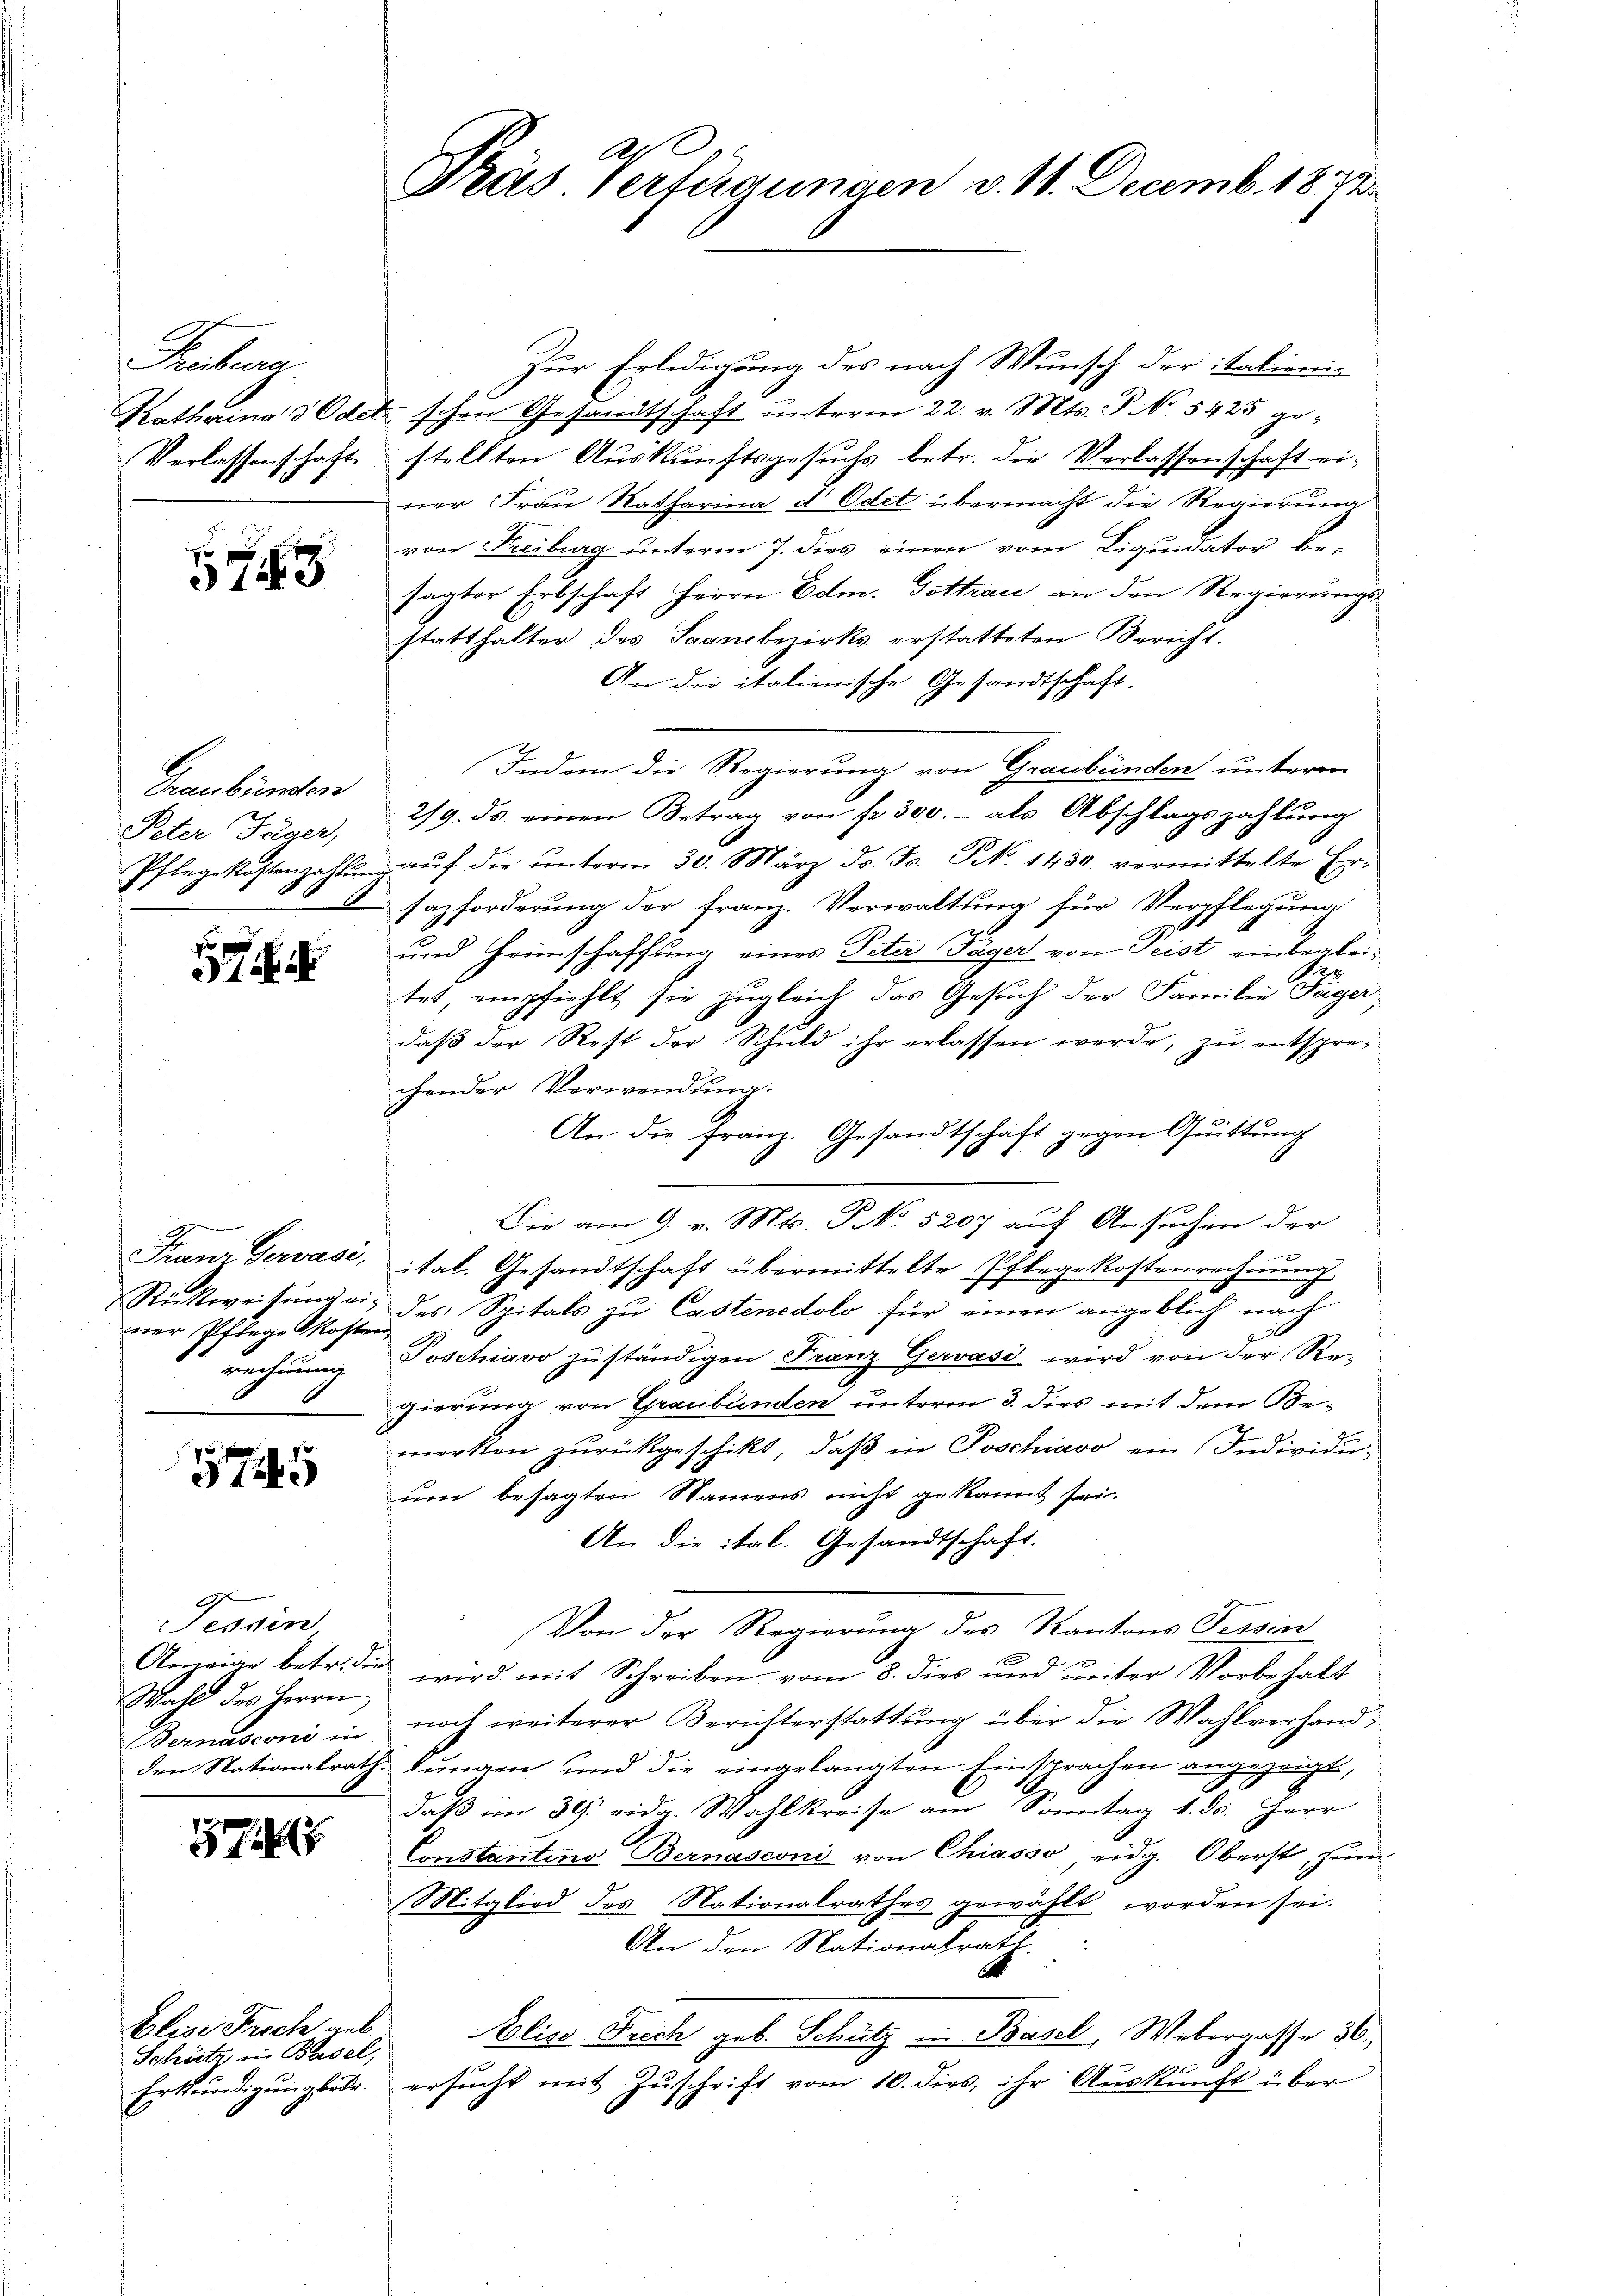
Trebenen.

148

Graubünden
Peter Jäger,

57

1
er Pflege Kosten
rechnung
6

5745

Tessin
Wahl des Herrn
Bernasconi in

3714

Elise Frosch geb.
Schütz, in Basel,

Zur Erledigung des nach Wunsch der italieni¬
Katharina 3Odet schon Gesandtschaft unterm 22. v. Mts. P. No 5425 ge¬
Verlassenschaft stellten Aŭskŭnftsgesŭchs betr. die Verlassenschaft ei-
ner Frau Ratharina d Odet übermacht die Regierung
von Freiburg unterm 7. dies einen vom Liquidator be-
sagter Erbschaft Herrn Edm. Gottrau an den Regierungs-
statthalter des Saausbezirks erstatteten Bericht.
An die italienische Gesandtschaft.
Indem die Regierung von Graubünden unterm
2/9. ds. einen Betrag von fr. 300.- als Abschlagszahlung
Pflegekostenzahlŭng aŭf die ŭnterm 30. März ds. Fs. S. 1430. vermittelte Er-
sazforderung der Franz. Verwaltung für Verpflegung
und Heimschaffung eines Peter Tager von Peist einbegleitet, empfiehlt sie zugleich das Gesuch der Familie Pager
daß der Rest der Schuld ihr erlassen werde, zu entsprechender Verwendung.
An die Franz. Gesandtschaft gegen Quittung
Die am 9. Mts. No. 5207 auf Ansuchen der
Franz Gervasi, ital. Gesandtschaft übermittelte Pflegekostenrechnŭng
Rückweisung u. des Spitals zu Castenedolo für einen angeblich nach
Poschiavo zu ständigen Franz Gervasi wird von der Regierung von Graubünden unterm 3. dies mit dem Bemerken zurückgeschikt, daß in Poschiavo ein Individu-
um besagten Namens nicht gekannt sei.
An die ital. Gesandtschaft.
Von der Regierung des Kantons Tessin
.
Aneige betr. die wird mit Schreiben vom 8. dies und unter Vorbehalt
noch weiterer Berichterstattung über die Wahlverhandden Nationalrath Bungen und die eingelangten Einsprachen angezeugt,
daß im 39. eida. Wahlkreise am Sonntag 1. ds. Herr
Constantino Bernasconi von Chiasso eidg. Oberst, sin
Mitglied des Nationalrathes gewählt worden sei.
An den Nationalrath.
Elise Frech geb. Schütz in Basel, Webergasse 36,
Erkundigungsabr. ersucht mit Zuschrift vom 10. dies, ihr Auskunft über

a
Päs Verfügungen v. 11. Decemb. 1872